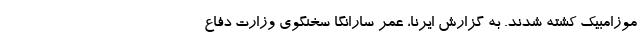
موزامبیک کشته شدند. به گزارش ایرنا، عمر سارانگا سخنگوی وزارت دفاع